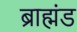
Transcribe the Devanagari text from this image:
ब्राह्मंड